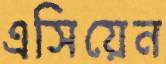
এসিয়েন